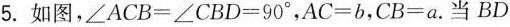
5.如图，$$\angle ACB=∠CBD=90 ^ { \circ }$$，$$AC=b$$，$$CB=a$$。当BD